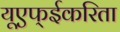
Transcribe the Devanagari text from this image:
यूएफ्ईकरिता